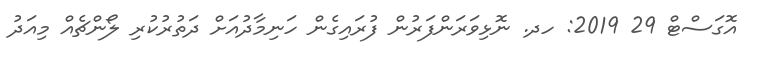
އޮގަސްޓް 29 2019: ހދ. ނޮޅިވަރަންފަރުން ފުރައިގެން ހަނިމާދުއަށް ދަތުރުކުރި ލޯންޗެއް މިއަދު